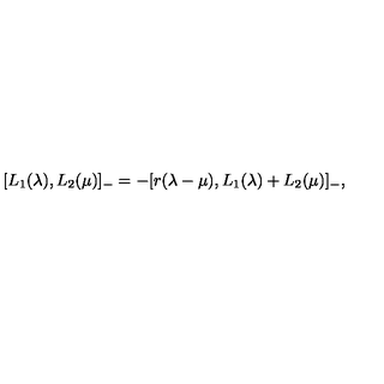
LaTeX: [ L \sb 1 ( \lambda ) , L \sb 2 ( \mu ) ] \sb - = - [ r ( \lambda - \mu ) , L \sb 1 ( \lambda ) + L \sb 2 ( \mu ) ] \sb - ,